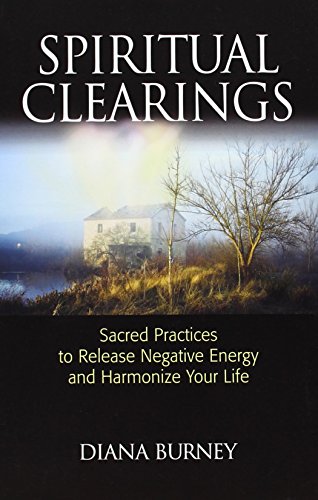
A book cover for Spiritual Clearings: Sacred Practices to Release Negative Energy and Harmonize Your Life; Diana Burney; Religion & Spirituality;